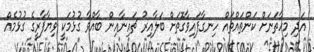
އަދި މިހާތަނަށް ކަންތައްތައް ހިނގާފައިވާގޮތަށް ބަލާއިރު ޗައިނާއިން ބާއްވާ ގުޅުމަކީ ވިޔާފާރީގެ ގުޅުމެއް